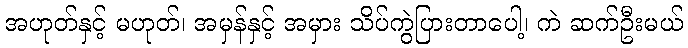
အဟုတ်နှင့် မဟုတ်၊ အမှန်နှင့် အမှား သိပ်ကွဲပြားတာပေါ့၊ ကဲ ဆက်ဦးမယ်